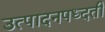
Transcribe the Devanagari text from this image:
उत्पादनपध्दती